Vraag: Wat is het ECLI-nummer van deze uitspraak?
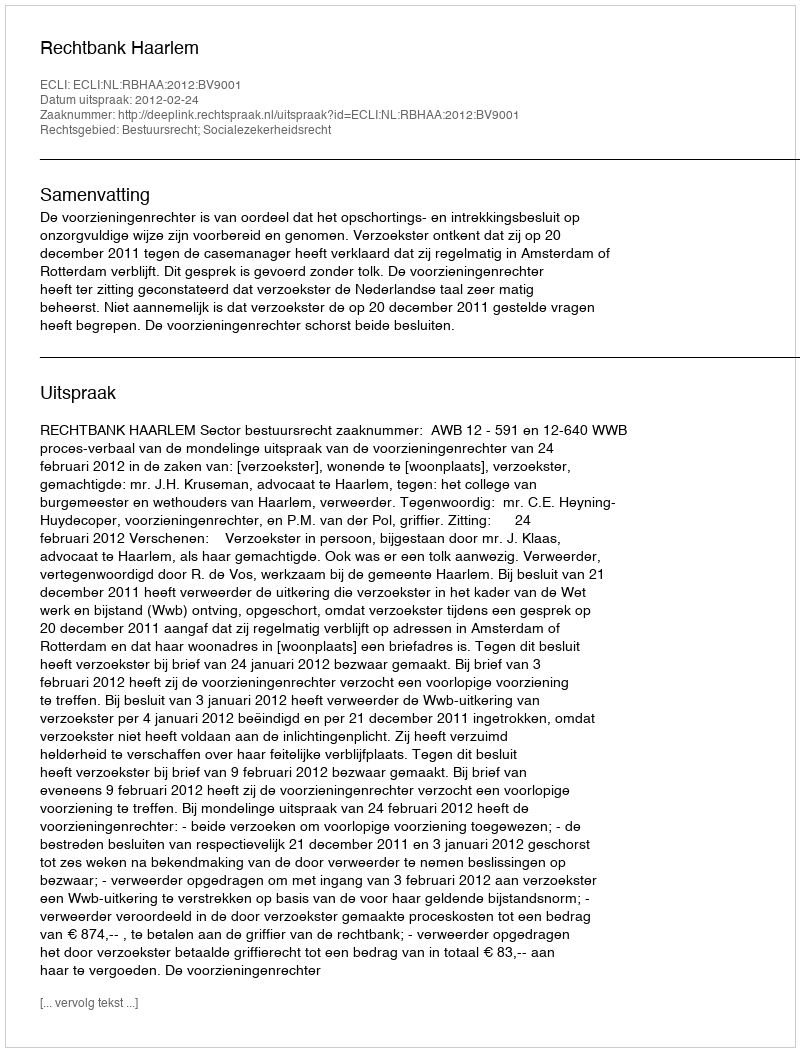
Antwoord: ECLI:NL:RBHAA:2012:BV9001